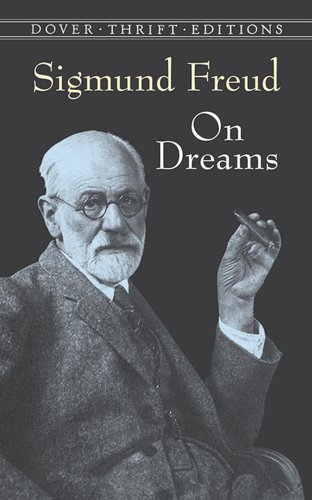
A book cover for On Dreams (Dover Thrift Editions); Sigmund Freud; Self-Help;